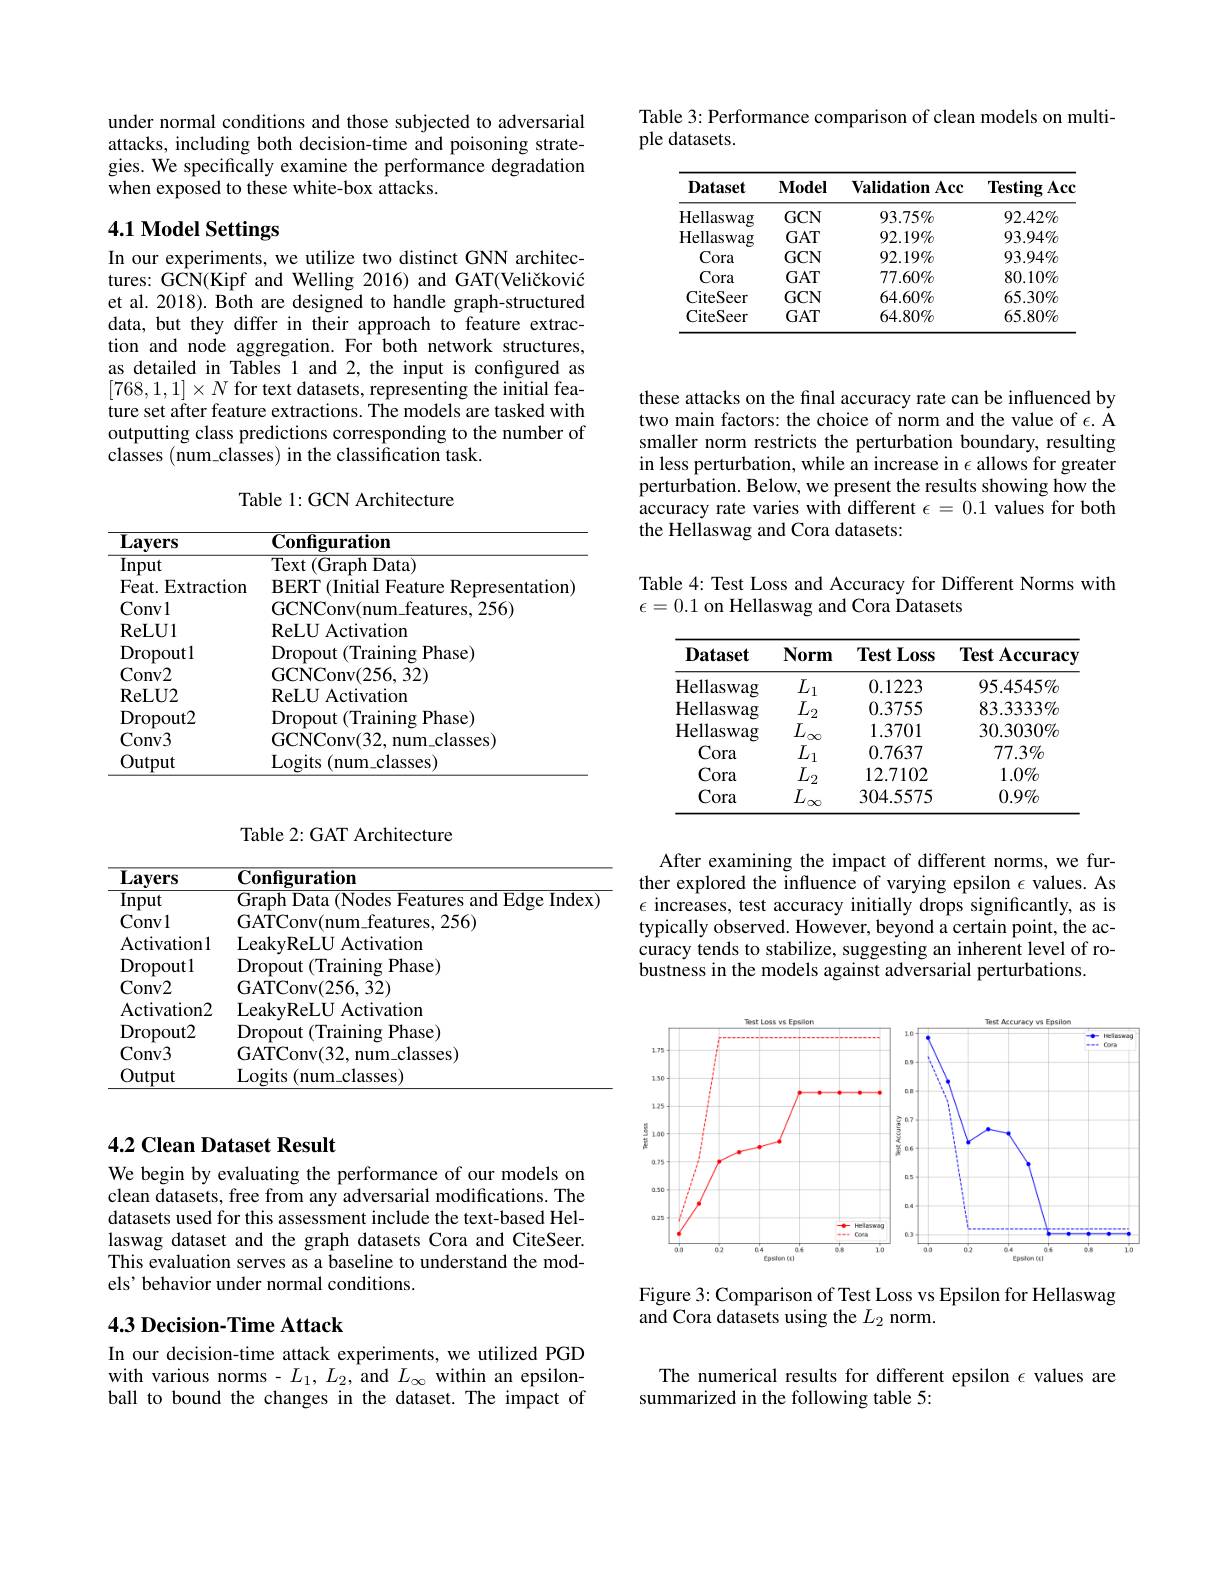
Table 3: Performance comparison of clean models on multi-
ple datasets.

<table>
	<tbody>
		<tr>
			<th>Dataset</th>
			<th>$\mathbf{Model}$</th>
			<th>Validation Acc</th>
			<th>Testing Acc</th>
		</tr>
		<tr>
			<td>Hellaswag</td>
			<td>$GCN$</td>
			<td>$93.75\%$</td>
			<td>$92.42\%$</td>
		</tr>
		<tr>
			<td>Hellaswag</td>
			<td>$GAT$</td>
			<td>$92.19\%$</td>
			<td>$93.94\%$</td>
		</tr>
		<tr>
			<td>Cora</td>
			<td>$GCN$</td>
			<td>$92.19\%$</td>
			<td>$93.94\%$</td>
		</tr>
		<tr>
			<td>Cora</td>
			<td>$GAT$</td>
			<td>$77.60\%$</td>
			<td>$80.10\%$</td>
		</tr>
		<tr>
			<td>CiteSeer</td>
			<td>$GCN$</td>
			<td>$64.60\%$</td>
			<td>$65.30\%$</td>
		</tr>
		<tr>
			<td>CiteSeer</td>
			<td>$GAT$</td>
			<td>$64.80\%$</td>
			<td>$65.80\%$</td>
		</tr>
	</tbody>
</table>

under normal conditions and those subjected to adversarial attacks, including both decision-time and poisoning strategies. We specifically examine the performance degradation when exposed to these white-box attacks.

# 4.1 Model Settings

In our experiments, we utilize two distinct GNN architectures: GCN(Kipf and Welling 2016) and GAT(Veličković et al. 2018). Both are designed to handle graph-structured data, but they differ in their approach to feature extraction and node aggregation. For both network structures, as detailed in Tables 1 and 2, the input is configured as $[768,1,1]\times N$ for text datasets, representing the initial feature set after feature extractions. The models are tasked with outputting class predictions corresponding to the number of classes (num\_classes) in the classification task

Table 1: GCN Architecture

<table>
	<tbody>
		<tr>
			<th>$\mathbf{Layers}$</th>
			<th>$\overline{\mathbf{Configuration}}$</th>
		</tr>
		<tr>
			<td>Input</td>
			<td>$\overline{\mathrm{Text}\left(\mathrm{Graph~Data}\right)}$</td>
		</tr>
		<tr>
			<td>$Feat.$ Extraction</td>
			<td>BERT (Initial Feature Representation</td>
		</tr>
		<tr>
			<td>Convl</td>
			<td>GCNConv(num_features,256)</td>
		</tr>
		<tr>
			<td>ReLU1</td>
			<td>ReLU Activation</td>
		</tr>
		<tr>
			<td>Dropoutl</td>
			<td>Dropout t (Training Phase)</td>
		</tr>
		<tr>
			<td>Conv2</td>
			<td>GCNConv(256.32)</td>
		</tr>
		<tr>
			<td>ReLU2</td>
			<td>ReLU Activation</td>
		</tr>
		<tr>
			<td>Dropout2</td>
			<td>t (Training Phase) Dropout</td>
		</tr>
		<tr>
			<td>Conv3</td>
			<td>GCNConv( 32. $num\_classes)$</td>
		</tr>
		<tr>
			<td>Output</td>
			<td>Logits s (num_classes)</td>
		</tr>
	</tbody>
</table>

Table 2: GAT Architecture
<table>
	<tbody>
		<tr>
			<th>$\overline{\mathbf{Layers}}$</th>
			<th>$\overline{{\mathbf{Configuration}}}$</th>
		</tr>
		<tr>
			<td>Input</td>
			<td>11212 Vondec Edoe Index</td>
		</tr>
		<tr>
			<td>Convl</td>
			<td>256 $\mathbf{i}\mathbf{A}^{\prime}|\mathbf{Y}$</td>
		</tr>
		<tr>
			<td>Activationl</td>
			<td>ctivation $\rho akwkel$</td>
		</tr>
		<tr>
			<td>Dropoutl</td>
			<td>Phase) Drono</td>
		</tr>
		<tr>
			<td>Conv2</td>
			<td>32)</td>
		</tr>
		<tr>
			<td>Activation2</td>
			<td>ctivation</td>
		</tr>
		<tr>
			<td>Dropout2</td>
			<td>Dror $\mathbf{Phase})$</td>
		</tr>
		<tr>
			<td>Conv3</td>
			<td>GATConv( 32, num$\_$classes) </td>
		</tr>
		<tr>
			<td>Output</td>
			<td>1.00115 mim $|asses)$</td>
		</tr>
	</tbody>
</table>

## 4.2 Clean Dataset Result

We begin by evaluating the performance of our models on clean datasets, free from any adversarial modifications. The datasets used for this assessment include the text-based Hellaswag dataset and the graph datasets Cora and CiteSeer. This evaluation serves as a baseline to understand the models' behavior under normal conditions.

## 4.3 Decision-Time Attack

In our decision-time attack experiments, we utilized PGD with various norms - $L_1,L_2$, and $L_\infty$ within an epsilonball to bound the changes in the dataset. The impact of

these attacks on the final accuracy rate can be influenced by two main factors: the choice of norm and the value of $\epsilon.$ A smaller norm restricts the perturbation boundary, resulting in less perturbation, while an increase in $\epsilon$ allows for greater perturbation. Below, we present the results showing how the accuracy rate varies with different $\epsilon=0.1$ values for both the Hellaswag and Cora datasets:

Table 4: Test Loss and Accuracy for Different Norms with
$\epsilon=0.1$ on Hellaswag and Cora Datasets

<table>
	<tbody>
		<tr>
			<th>$\mathbf{Dataset}$</th>
			<th>Norm</th>
			<th>${:}\mathbf{Loss}$ Test </th>
			<th>Test Accuracy</th>
		</tr>
		<tr>
			<td>$Hell.$ aswag</td>
			<td>$L_{1}$ 1</td>
			<td>0.1223</td>
			<td>$95.4545\%$</td>
		</tr>
		<tr>
			<td>$Hell:$ $\operatorname{laswag}$</td>
			<td>$L$ $r2$</td>
			<td>0.3755</td>
			<td>$83.3333\%$</td>
		</tr>
		<tr>
			<td>$Hell:$ $|aswag$</td>
			<td>$L$</td>
			<td>1.3701</td>
			<td>$30.3030\%$</td>
		</tr>
		<tr>
			<td>Cora</td>
			<td>$L$ 1</td>
			<td>0.7637</td>
			<td>$77.3\%$</td>
		</tr>
		<tr>
			<td>Cora</td>
			<td>$L$ $r2$</td>
			<td>12.7102</td>
			<td>$1.0\%$</td>
		</tr>
		<tr>
			<td>Cora</td>
			<td>$L$ $\infty$</td>
			<td>304.5575</td>
			<td>$0.9\%$</td>
		</tr>
	</tbody>
</table>

After examining the impact of different norms, we further explored the influence of varying epsilon $\epsilon$ values. As $\epsilon$ increases, test accuracy initially drops significantly, as is typically observed. However, beyond a certain point, the accuracy tends to stabilize, suggesting an inherent level of robustness in the models against adversarial perturbations.

<FigureHere>

Figure 3: Comparison of Test Loss vs Epsilon for Hellaswag
and Cora datasets using the $L_2$ norm.

The numerical results for different epsilon $\epsilon$ values are
summarized in the following table 5: